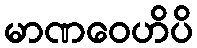
မာဏဝေဟိပိ